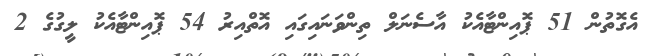
އެގޮތުން 51 ޕޮއިންޓާއެކު އާސެނަލް ތިންވަނައިގައި އޮތްއިރު 54 ޕޮއިންޓާއެކު ލީގުގެ 2